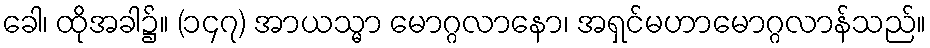
ခေါ၊ ထိုအခါ၌။ (၁၄၇) အာယသ္မာ မောဂ္ဂလာနော၊ အရှင်မဟာမောဂ္ဂလာန်သည်။